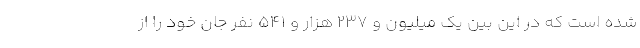
شده است که در این بین یک میلیون و ۲۳۷ هزار و ۵۴۱ نفر جان خود را از